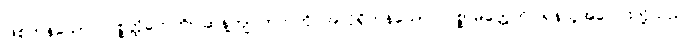
ဖြစ်ကုန်သော။ ပစ္စတ္ထိကေဟိ၊ ဆန့်ကျင်ဘက်ကို အလိုရှိကုန်သော။ ပစ္စာမိတ္တေဟိ၊ ရန်သူအပေါင်းတို့သည်။